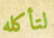
لتأكله